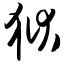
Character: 狱